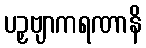
ပဉှဗျာကရဏာနိ